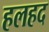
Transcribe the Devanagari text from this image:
हलहद